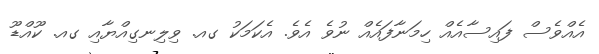
އެއްވެސް ފައިސާއެއް ހިމަނާފައެއް ނުވެ އެވެ. އެކަމަކު ގއ. ވިލިނގިއްޔާއި ގއ. ކޫއްޑޫ